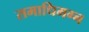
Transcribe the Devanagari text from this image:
समाधिमग्न